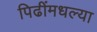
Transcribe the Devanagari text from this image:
पिढींमधल्या